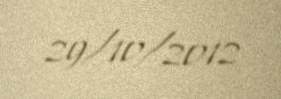
29/10/2012